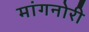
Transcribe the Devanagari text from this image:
मांगनोरी